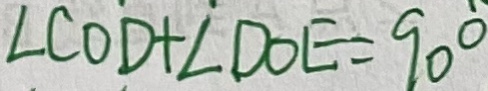
\angle C O D + \angle D O E = 9 0 ^ { \circ }